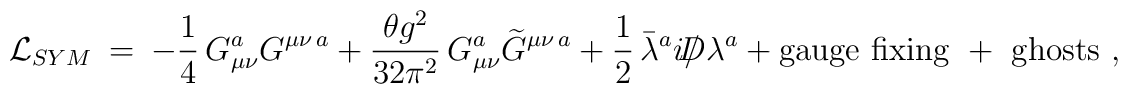
{\cal L}_{SYM} \ =\ -{1\over 4}\, G_{\mu\nu}^a G^{\mu\nu \, a} \ +\ {\theta g^2 \over 32 \pi^2}\, G_{\mu\nu}^a \widetilde G^{\mu\nu \, a} \ +\ {1\over 2}\, \bar\lambda^a i \slash \!\!\!\! D \lambda^a \ +\ {\rm gauge\ fixing\ +\ ghosts\ ,}